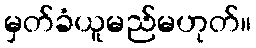
မှတ်ခံယူမည်မဟုတ်။